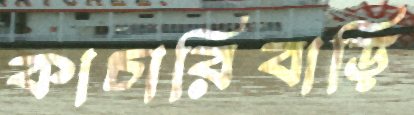
কাচারিবাড়ি